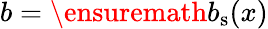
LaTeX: b=\ensuremath{b_{\mathrm{s}}}(x)